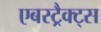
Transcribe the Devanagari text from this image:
एबस्ट्रैक्ट्स